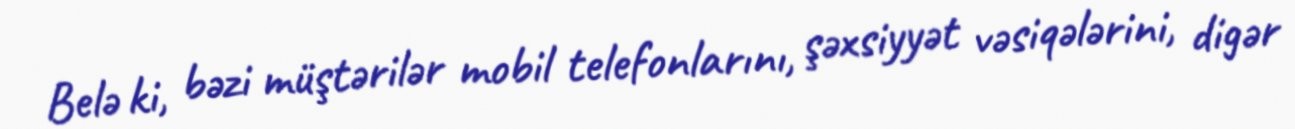
Belə ki, bəzi müştərilər mobil telefonlarını, şəxsiyyət vəsiqələrini, digər